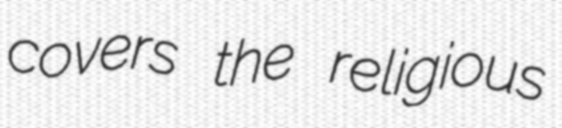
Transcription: covers the religious